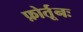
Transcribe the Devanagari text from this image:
फ़ोर्तूनः